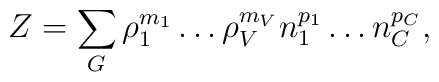
Z = \sum_{G} \rho_1^{m_1} \ldots \rho_V^{m_V}n_1^{p_1} \ldots n_C^{p_C} ,